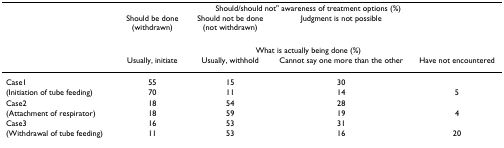
<table><thead><tr><td></td><td colspan="4"><b>Should/should not&quot; awareness of treatment options (%)</b></td></tr><tr><td></td><td><b>Should be done (withdrawn)</b></td><td><b>Should not be done (not withdrawn)</b></td><td><b>Judgment is not possible</b></td><td></td></tr><tr><td></td><td colspan="4"><b>What is actually being done (%)</b></td></tr><tr><td></td><td><b>Usually, initiate</b></td><td><b>Usually, withhold</b></td><td><b>Cannot say one more than the other</b></td><td><b>Have not encountered</b></td></tr></thead><tbody><tr><td>Case1</td><td>55</td><td>15</td><td>30</td><td></td></tr><tr><td>(Initiation of tube feeding)</td><td>70</td><td>11</td><td>14</td><td>5</td></tr><tr><td>Case2</td><td>18</td><td>54</td><td>28</td><td></td></tr><tr><td>(Attachment of respirator)</td><td>18</td><td>59</td><td>19</td><td>4</td></tr><tr><td>Case3</td><td>16</td><td>53</td><td>31</td><td></td></tr><tr><td>(Withdrawal of tube feeding)</td><td>11</td><td>53</td><td>16</td><td>20</td></tr></tbody></table>